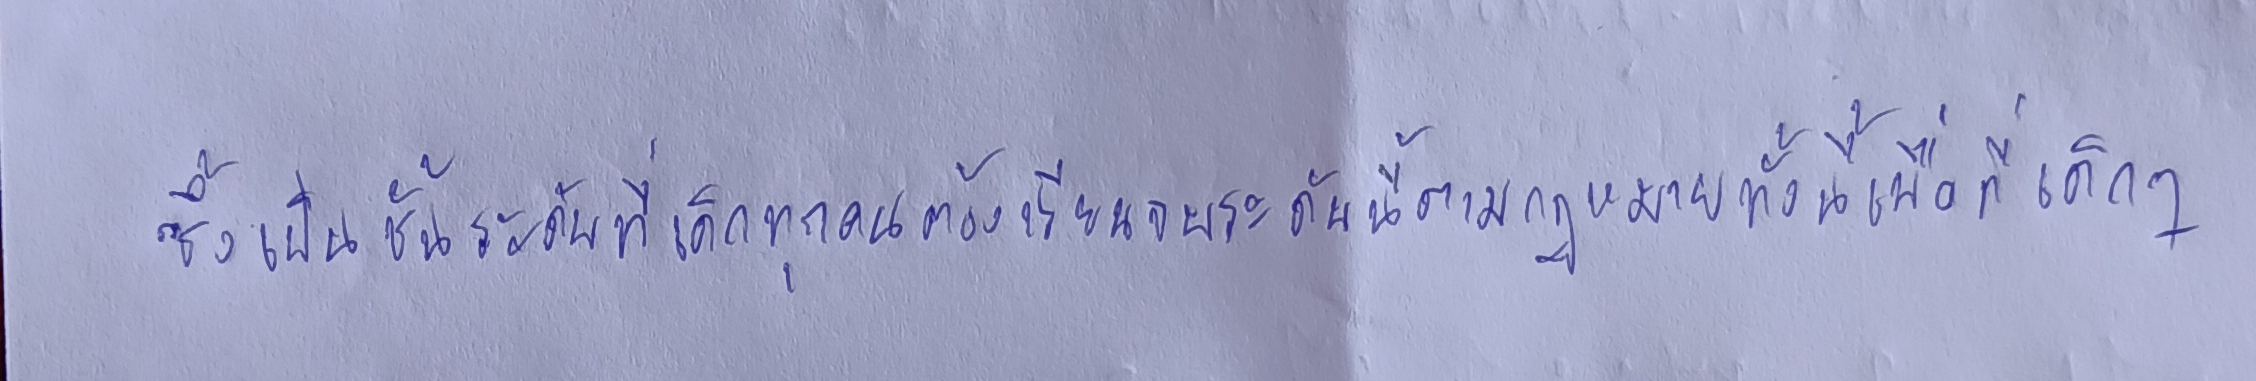
ซึ่งเป็นชั้นระดับที่เด็กทุกคนต้องเรียนจบระดับนี้ตามกฎหมายทั้งนี้เพื่อที่เด็กๆ